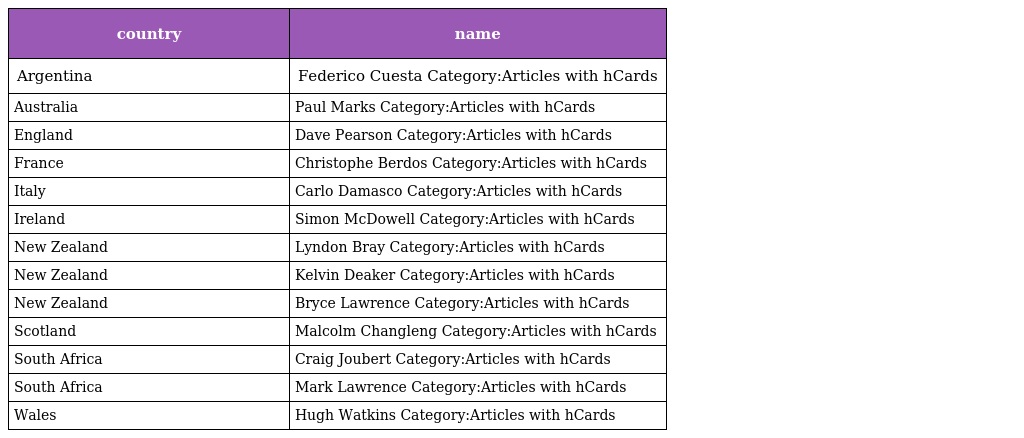
| country | name |
 | --- | --- |
 | Argentina | Federico Cuesta Category:Articles with hCards |
 | Australia | Paul Marks Category:Articles with hCards |
 | England | Dave Pearson Category:Articles with hCards |
 | France | Christophe Berdos Category:Articles with hCards |
 | Italy | Carlo Damasco Category:Articles with hCards |
 | Ireland | Simon McDowell Category:Articles with hCards |
 | New Zealand | Lyndon Bray Category:Articles with hCards |
 | New Zealand | Kelvin Deaker Category:Articles with hCards |
 | New Zealand | Bryce Lawrence Category:Articles with hCards |
 | Scotland | Malcolm Changleng Category:Articles with hCards |
 | South Africa | Craig Joubert Category:Articles with hCards |
 | South Africa | Mark Lawrence Category:Articles with hCards |
 | Wales | Hugh Watkins Category:Articles with hCards |